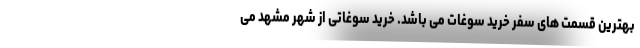
بهترین قسمت های سفر خرید سوغات می باشد. خرید سوغاتی از شهر مشهد می